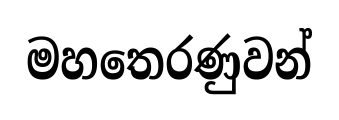
මහතෙරණුවන්